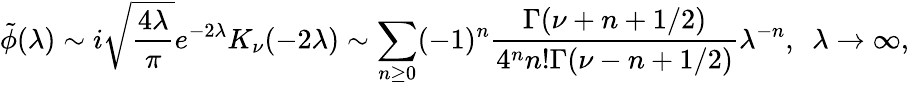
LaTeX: \tilde{\phi}(\lambda)\sim i\sqrt{\frac{4\lambda}{\pi}}e^{-2\lambda}K_{\nu}(-2\lambda)\sim\sum_{n\geq 0}(-1)^{n}\frac{\Gamma(\nu+n+1/2)}{4^{n}n!\Gamma(\nu-n+1/2)}\lambda^{-n},\ \ \lambda\rightarrow\infty,